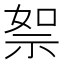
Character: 𥙦